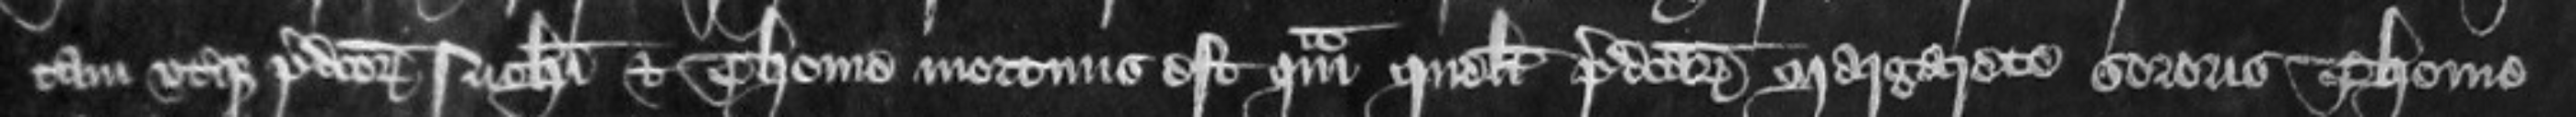
tam uterque predictorum Nicholai et Thome mortuus est quam quelibet predictarum Margarete sororis Thome